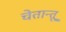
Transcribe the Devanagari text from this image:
चेतान्तू